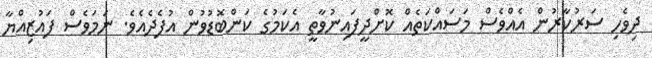
ދިވެހި ސަރުކާރުން އެއްވެސް މަސައްކަތެއް ކޮށްދީފައިނުވާތީ އެކަމުގެ ކަންބޮޑުވުން އުފެދެއެވެ. ނަމަވެސް ފައުޒިއްޔާ